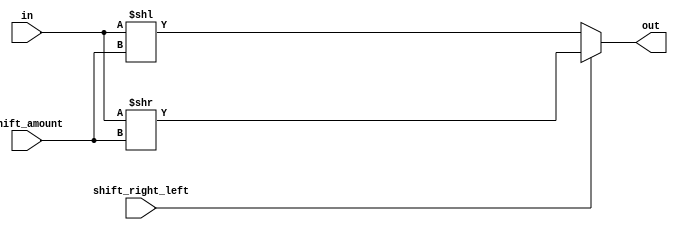
module Shift_Register(in,shift_right_left,shift_amount,out);

input [31:0] in;
input [7:0] shift_amount; // shift amount will be get directly from the instruction (instr7:0) 
input shift_right_left; 
output reg [31:0] out; 

always @(in, shift_right_left, shift_amount) 
begin 
	if (shift_right_left == 1) 
		out = in >> shift_amount; //LSR operation 
	else 
		out = in << shift_amount; //LSL operation 
end 
endmodule